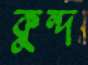
কুন্দ